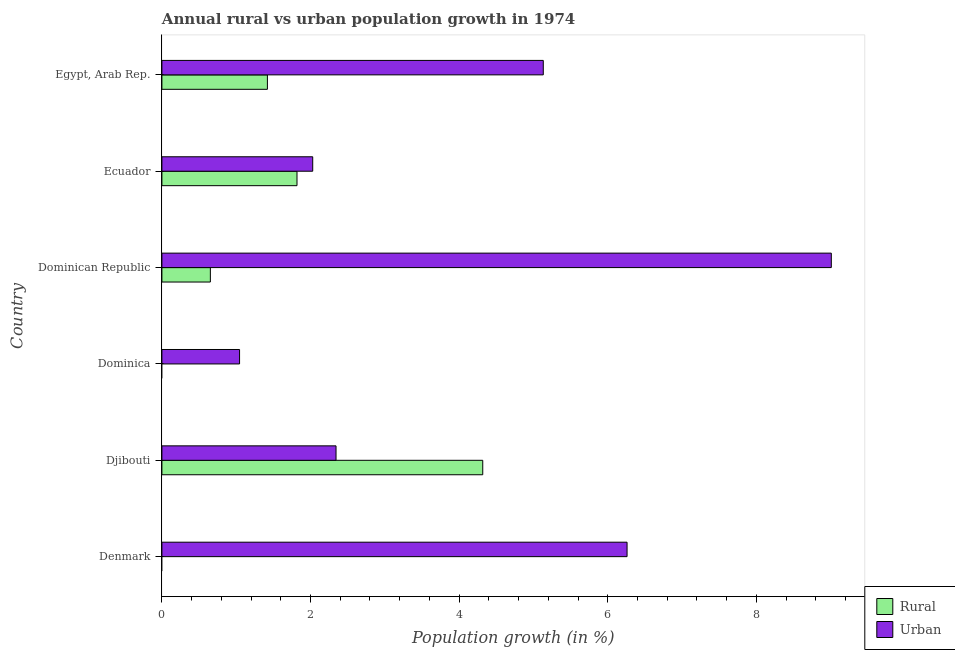
| Country | Rural | Urban  |
 | --- | --- | --- |
 | Denmark | -2.08 | 6.26 |
 | Djibouti | 4.32 | 2.34 |
 | Dominica | -1.28 | 1.05 |
 | Dominican Republic | 0.652 | 9.01 |
 | Ecuador | 1.82 | 2.03 |
 | Egypt, Arab Rep. | 1.42 | 5.13 |